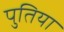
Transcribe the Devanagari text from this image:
पुतिया